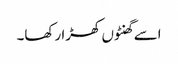
اسے گھنٹوں کھڑا رکھا۔